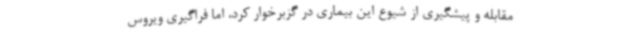
مقابله و پیشگیری از شیوع این بیماری در گزبرخوار کرد، اما فراگیری ویروس